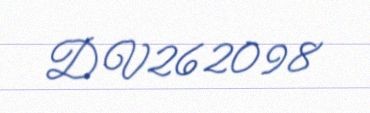
DV262098